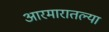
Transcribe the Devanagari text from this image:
आरमारातल्या